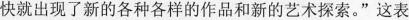
快就出现了新的各种各样的作品和新的艺术探索."这表